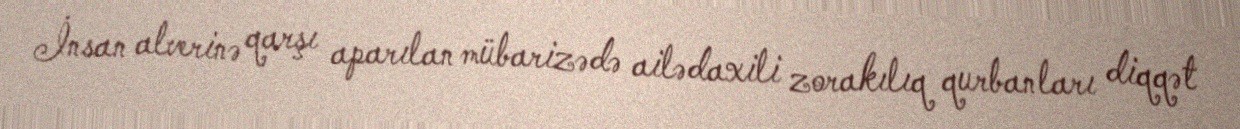
İnsan alverinə qarşı aparılan mübarizədə ailədaxili zorakılıq qurbanları diqqət